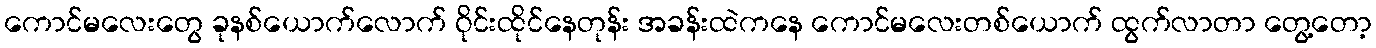
ကောင်မလေးတွေ ခုနစ်ယောက်လောက် ဝိုင်းထိုင်နေတုန်း အခန်းထဲကနေ ကောင်မလေးတစ်ယောက် ထွက်လာတာ တွေ့တော့